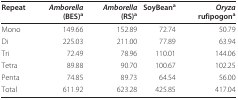
| Repeat | Amborella (BES)a | Amborella (RS)a | SoyBeana | Oryza rufipogona |
 | --- | --- | --- | --- | --- |
 | Mono | 149.66 | 152.89 | 72.74 | 50.79 |
 | Di | 225.03 | 211.00 | 77.89 | 63.94 |
 | Tri | 72.49 | 78.96 | 110.01 | 144.06 |
 | Tetra | 89.88 | 90.70 | 100.67 | 102.25 |
 | Penta | 74.85 | 89.73 | 64.54 | 56.00 |
 | Total | 611.92 | 623.28 | 425.85 | 417.04 |